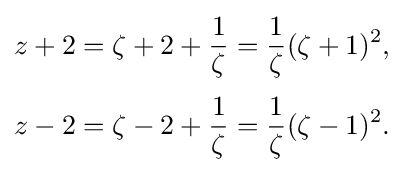
{\begin{aligned}z+2&=\zeta +2+{\frac {1}{\zeta }}={\frac {1}{\zeta }}(\zeta +1)^{2},\\[3pt]z-2&=\zeta -2+{\frac {1}{\zeta }}={\frac {1}{\zeta }}(\zeta -1)^{2}.\end{aligned}}